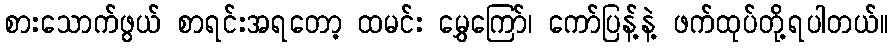
စားသောက်ဖွယ် စာရင်းအရတော့ ထမင်း မွှေကြော်၊ ကော်ပြန့်နဲ့ ဖက်ထုပ်တို့ရပါတယ်။